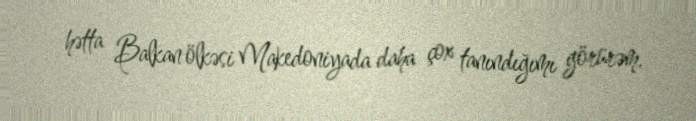
hətta Balkan ölkəsi Makedoniyada daha çox tanındığımı görürəm.